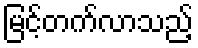
မြင့်တက်လာသည့်